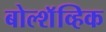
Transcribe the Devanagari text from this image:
बोल्शॅव्हिक